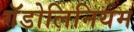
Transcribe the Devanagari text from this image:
गॅडोलिनियम